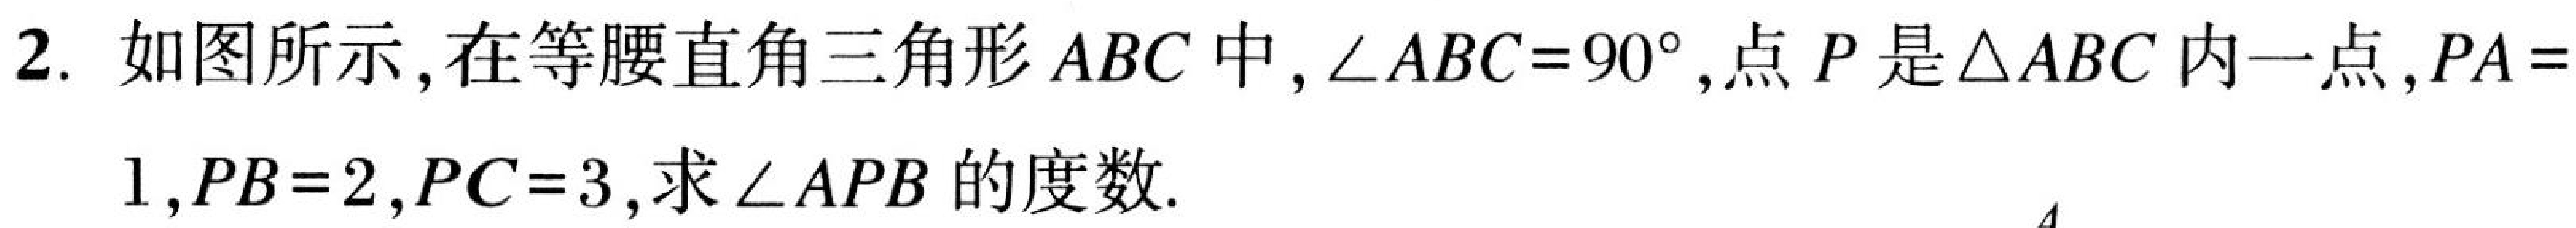
2. 如图所示,在等腰直角三角形 \(ABC\) 中,\(\angle ABC = 90^{\circ}\),点 \(P\) 是\(\triangle ABC\)内一点,\(PA = 1\),\(PB = 2\),\(PC = 3\),求\(\angle APB\) 的度数.